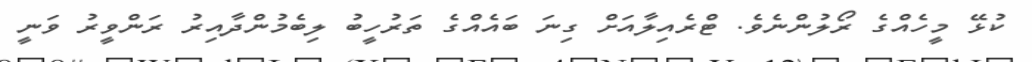
ކުޅޭ މީހެއްގެ ރޯލުންނެވެ. ޓްރެއިލާއަށް ގިނަ ބައެއްގެ ތަރުހީބު ލިބެމުންދާއިރު ރަންވީރު ވަނީ